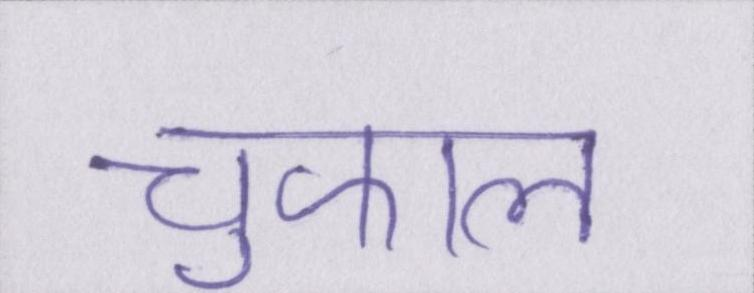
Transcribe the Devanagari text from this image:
चुफाल